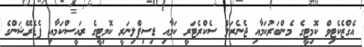
އެގްޒެކެޓިވް ކޮމިޓީގެ މެންބަރުކަމާއި ޖެނެރަލް ސެކްރެޓަރީ ކަމާއި ޑިސިޕްލިނަރީ ކޮމިޓީގެ ރައީސްކަމާއި ފެޑެރޭޝަންގެ